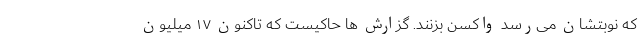
که نوبتشان می‌رسد واکسن بزنند. گزارش ها حاکیست که تاکنون ۱۷ میلیون